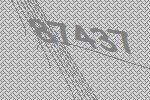
87437